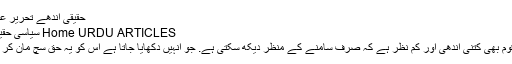
حقیقی اندھے تحریر عرفان پلوچ
Home URDU ARTICLES سیاسی حقیقی اندھے
پاکستانی قوم بھی کتنی اندھی اور کم نظر ہے کہ صرف سامنے کے منظر دیکھ سکتی ہے. جو انہیں دکھایا جاتا ہے اس کو یہ حق سچ مان کر جیتی ہے۔